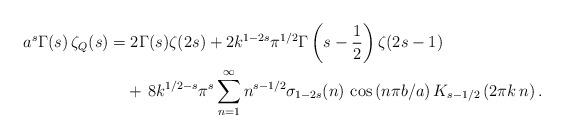
LaTeX: \begin{align*}a^{s}\Gamma(s)\,\zeta_{Q}(s) & =2\Gamma(s)\zeta(2s)+2k^{1-2s}\pi^{1/2}\Gamma\left(s-\frac{1}{2}\right)\zeta(2s-1) \\ & \,\,\,\,\,\,+\,8k^{1/2-s}\pi^{s}\sum_{n=1}^{\infty}n^{s-1/2}\sigma_{1-2s}(n)\,\cos\left(n\pi b/a\right)K_{s-1/2}\left(2\pi k\,n\right).\end{align*}